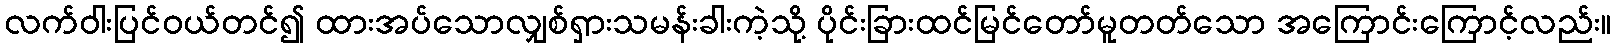
လက်ဝါးပြင်ဝယ်တင်၍ ထားအပ်သောလျှစ်ရှားသမန်းခါးကဲ့သို့ ပိုင်းခြားထင်မြင်တော်မူတတ်သော အကြောင်းကြောင့်လည်း။